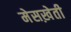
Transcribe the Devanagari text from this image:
मेसख़ेती